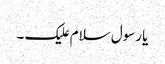
یا رسول سلام علیک ۔